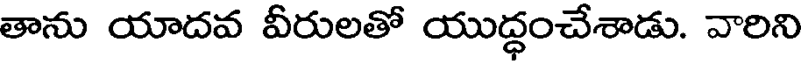
తాను యాదవ వీరులతో యుద్ధంచేశాడు. వారిని